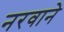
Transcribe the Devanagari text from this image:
नरवाने